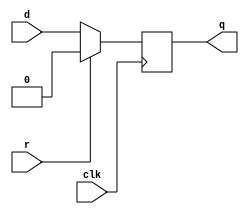
module top_module (
    input clk,
    input d, 
    input r,   // synchronous reset
    output q);

    always@(posedge clk) begin
        if(r)
            q <= 1'd0;
        else
            q <= d;
    end

endmodule